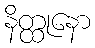
နိတ္ထုနော